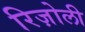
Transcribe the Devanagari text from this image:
रिज़ोली